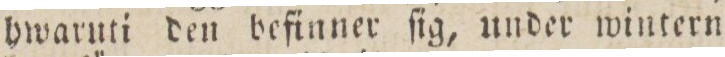
hwaruti den definner ſig, under wintern